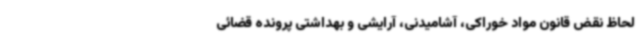
لحاظ نقض قانون مواد خوراکی، آشامیدنی، آرایشی و بهداشتی پرونده قضائی